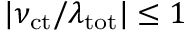
| \nu _ { \mathrm { c t } } / \lambda _ { \mathrm { t o t } } | \leq 1